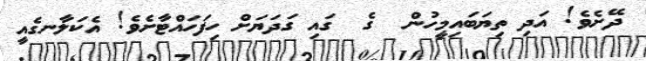
ދޭށެވެ! އަދި ތިޔަބައިމީހުން  ގެ  ގައި ގަދަޔަށް ހިފަހައްޓާށެވެ! އެކަލާނގެއީ